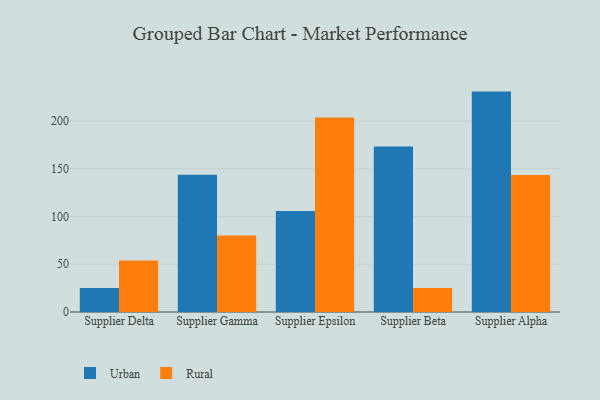
{"axis": {"x": "Supplier", "y": "LTV (USD)"}, "legend": ["Rural", "Urban"], "data": [{"x": "Supplier Delta", "y": 25.2, "type": "Urban"}, {"x": "Supplier Delta", "y": 54.0, "type": "Rural"}, {"x": "Supplier Gamma", "y": 143.7, "type": "Urban"}, {"x": "Supplier Gamma", "y": 80.2, "type": "Rural"}, {"x": "Supplier Epsilon", "y": 105.7, "type": "Urban"}, {"x": "Supplier Epsilon", "y": 203.8, "type": "Rural"}, {"x": "Supplier Beta", "y": 173.3, "type": "Urban"}, {"x": "Supplier Beta", "y": 25.1, "type": "Rural"}, {"x": "Supplier Alpha", "y": 230.9, "type": "Urban"}, {"x": "Supplier Alpha", "y": 143.6, "type": "Rural"}]}